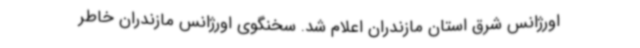
اورژانس شرق استان مازندران اعلام شد. سخنگوی اورژانس مازندران خاطر